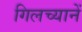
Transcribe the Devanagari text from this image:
गिलच्यानें